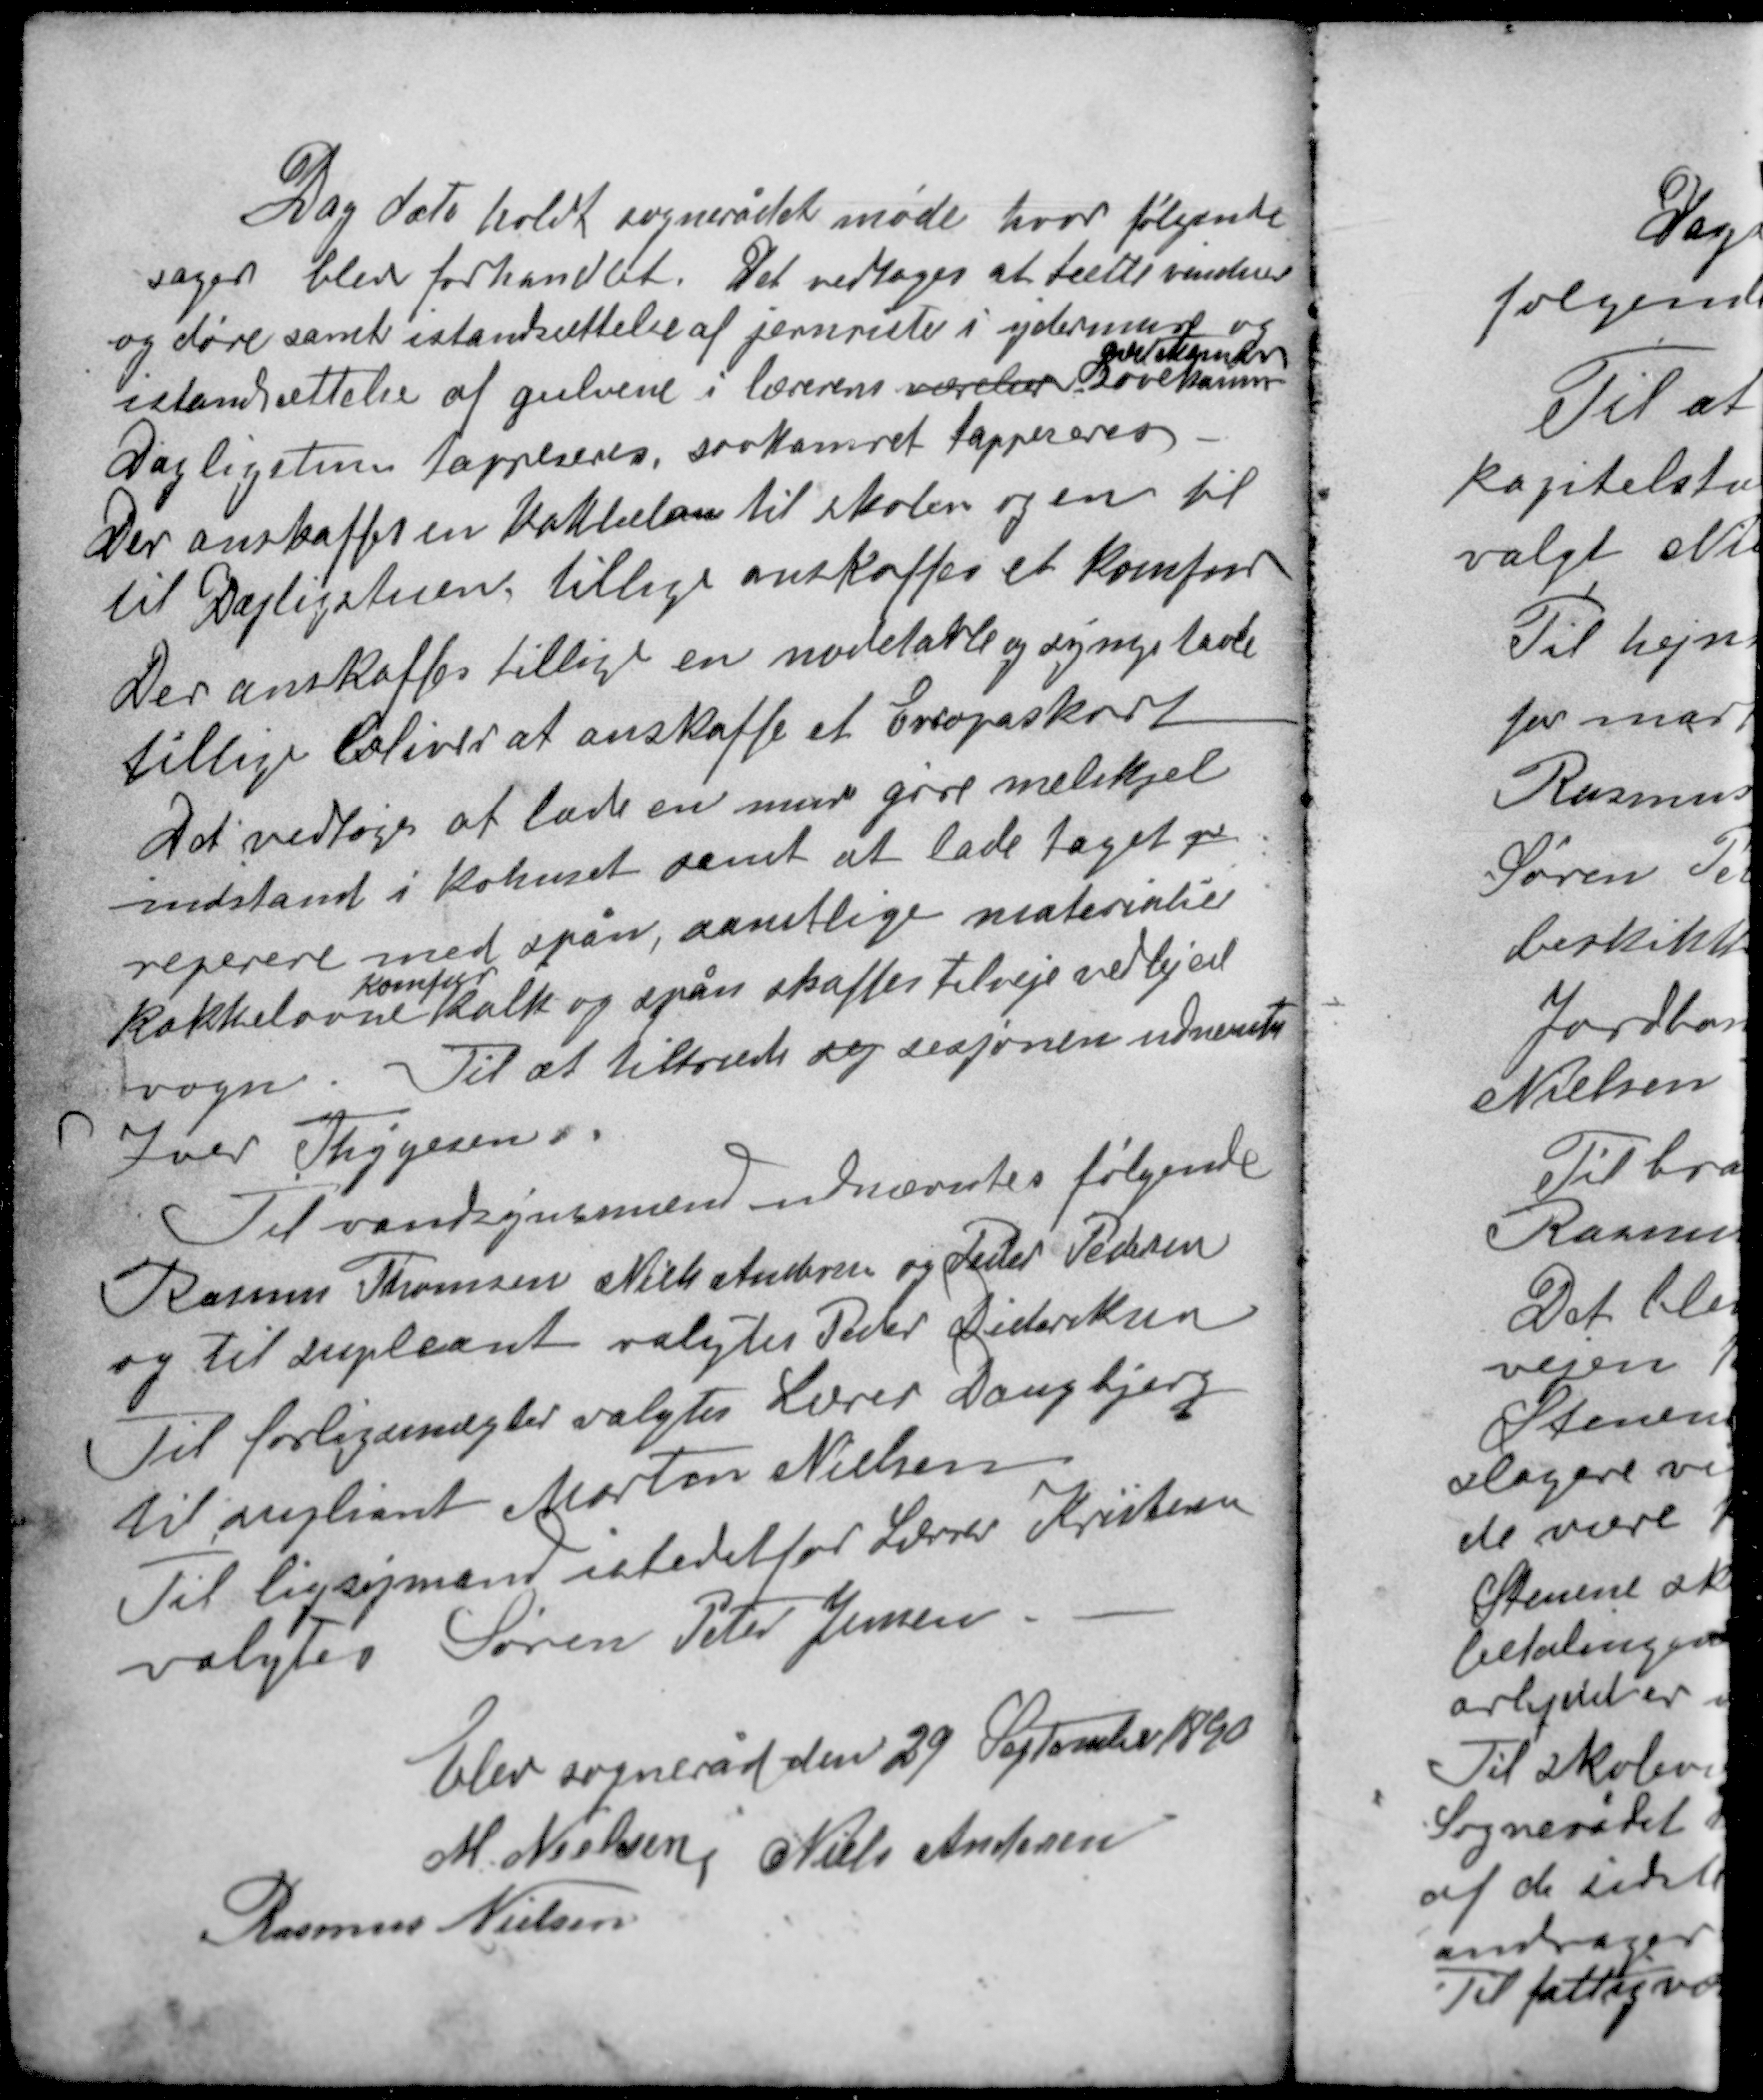
Transskription:
Dag dato holdt sognerådet møde hvor følgende
sager blev forhandlet. Det vedtoges at tætte vinduer
og døre samt istandsættelse af jernriste i ydermure og
gav
istandsættelse af gulvene i lærerens værelser sovekamre.
Dagligstuen tappeseres sovkamret tappeseres.
Der anskaffes en kakkelovn til skolen og en til
til Dagligstuen tillige anskaffes et komfur

Der anskaffes tillige en nodetavle og synge tavle
tillige Coliver at anskaffe et Europaskort.
Det vedtoges at lade en murer gøre melskjel
indstand i kohuset samt at lade taget pe
reperere med spån, samtlige materialer
komfur
kakkelovne kalk og spån skaffes tilveje ved lejet
vogn. Til at tiltræde sej sesjonen udnævntes
Iver Thgesen.

Til vandsynsmænd udnævntes følgende
Rasmus Thomsen Niels Andersen og Peder Pedersen
og til supleant valgtes Peder Dideriksen
Til forligsmægler valgtes Lærer Daugbjerg
til supliant Morten Nielsen
Til ligsynsmand istedet for Lærer Kristensen
valgtes Søren Peter Jensen

Elev sogneråd den 29 September 1890
M. Nielsen Niels Andersen
Rasmus Nielsen